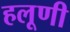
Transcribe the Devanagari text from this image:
हलूणी